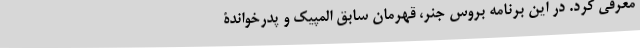
معرفی کرد. در این برنامه بروس جنر، قهرمان سابق المپیک و پدرخواندۀ